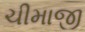
ચીમાજી